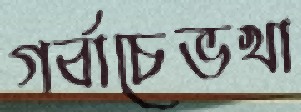
গর্বাচেভখা